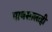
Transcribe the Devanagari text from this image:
पावसालाही